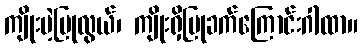
ကျိုးမဲ့ပြုလွယ်၊ ကျိုးရှိပြုခက်ကြောင်းဂါထာ။